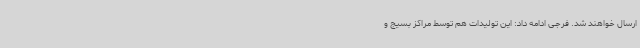
ارسال خواهند شد. فرجی ادامه داد: این تولیدات هم توسط مراکز بسیج و